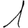
Digit: 1